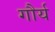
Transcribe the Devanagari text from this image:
गौर्य